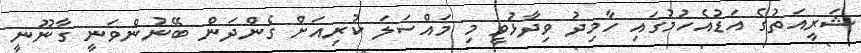
ޝަރީއަތުގެ އަޑުއެހުމުގައި ހާމިދު ވިދާޅުވީ މި މައްސަލަ ކުރިއަށް ގެންދަން ބޭނުންވަނީ ގާނޫނީ